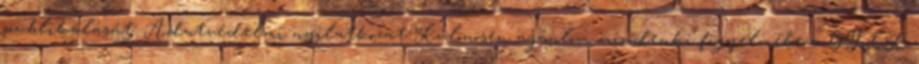
publikálását: Adatvédelmi nyilatkozat Különösen ajánlom mindenki figyelmébe a GYIK